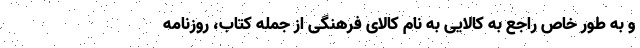
و به طور خاص راجع به کالایی به نام کالای فرهنگی از جمله کتاب، روزنامه